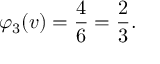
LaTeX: \varphi _ { 3 } ( v ) = { \frac { 4 } { 6 } } = { \frac { 2 } { 3 } } .